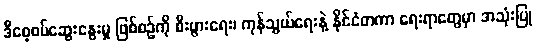
ဒီစေ့စပ်ဆွေးနွေးမှု ဖြစ်စဉ်ကို စီးပွားရေး၊ ကုန်သွယ်ရေးနဲ့ နိုင်ငံတကာ ရေးရာတွေမှာ အသုံးပြု